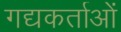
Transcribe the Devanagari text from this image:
गद्यकर्ताओं